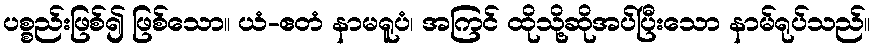
ပစ္စည်းဖြစ်၍ ဖြစ်သော။ ယံ-ဧတံ နာမရူပံ၊ အကြင် ထိုသို့ဆိုအပ်ပြီးသော နာမ်ရုပ်သည်။